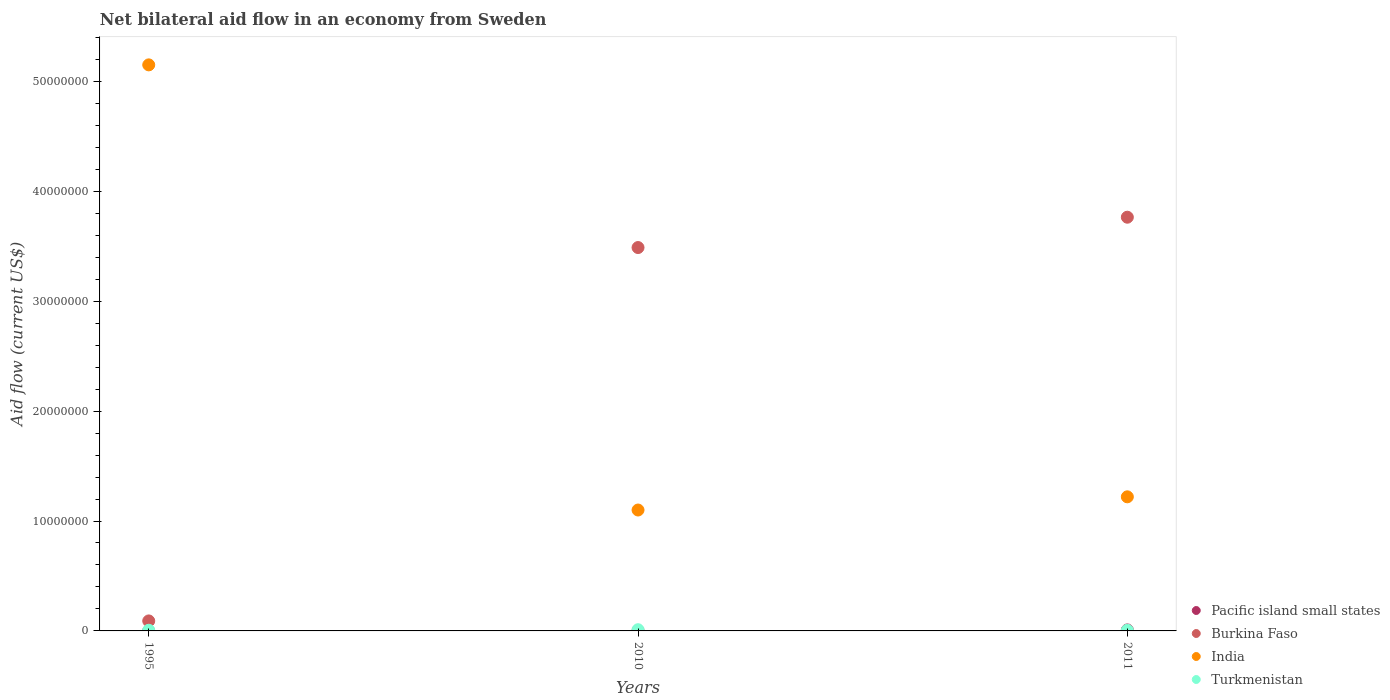
| Years | Pacific island small states | Burkina Faso | India | Turkmenistan |
 | --- | --- | --- | --- | --- |
 | 1995 | 1e+04 | 9.1e+05 | 5.15e+07 | 6e+04 |
 | 2010 | 2e+04 | 3.49e+07 | 1.1e+07 | 1.1e+05 |
 | 2011 | 9e+04 | 3.76e+07 | 1.22e+07 | 6e+04 |